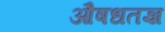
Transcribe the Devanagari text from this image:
औषधतज्ञ